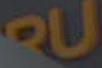
PU